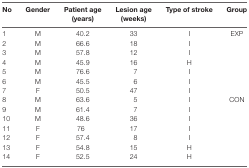
<table><thead><tr><td><b>No</b></td><td><b>Gender</b></td><td><b>Patient age (years)</b></td><td><b>Lesion age (weeks)</b></td><td><b>Type of stroke</b></td><td><b>Group</b></td></tr></thead><tbody><tr><td>1</td><td>M</td><td>40.2</td><td>33</td><td>I</td><td>EXP</td></tr><tr><td>2</td><td>M</td><td>66.6</td><td>18</td><td>I</td><td></td></tr><tr><td>3</td><td>M</td><td>57.8</td><td>12</td><td>I</td><td></td></tr><tr><td>4</td><td>M</td><td>45.9</td><td>16</td><td>H</td></tr><tr><td>5</td><td>M</td><td>76.6</td><td>7</td><td>I</td><td></td></tr><tr><td>6</td><td>M</td><td>45.5</td><td>6</td><td>I</td><td></td></tr><tr><td>7</td><td>F</td><td>50.5</td><td>47</td><td>I</td><td></td></tr><tr><td>8</td><td>M</td><td>63.6</td><td>5</td><td>I</td><td>CON</td></tr><tr><td>9</td><td>M</td><td>61.4</td><td>7</td><td>I</td><td></td></tr><tr><td>10</td><td>M</td><td>48.6</td><td>36</td><td>I</td><td></td></tr><tr><td>11</td><td>F</td><td>76</td><td>17</td><td>I</td><td></td></tr><tr><td>12</td><td>F</td><td>57.4</td><td>8</td><td>I</td><td></td></tr><tr><td>13</td><td>F</td><td>54.8</td><td>15</td><td>H</td><td></td></tr><tr><td>14</td><td>F</td><td>52.5</td><td>24</td><td>H</td><td></td></tr></tbody></table>